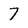
Character: 7